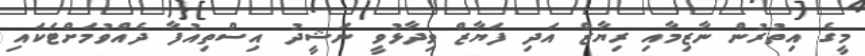
މީގެ އިތުރުން ނާޒިމާއި ރިޔާޒް އަދި ފަޔާޒް ވިދާޅުވީ ނަޝީދު އިސްތިއުފާ ދެއްވުމަށްޓަކައި